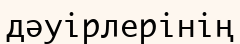
дәуірлерінің